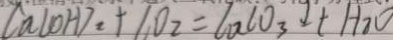
C a ( O H ) _ { 2 } + C O _ { 2 } = C a C O _ { 3 } \downarrow + H _ { 2 } O